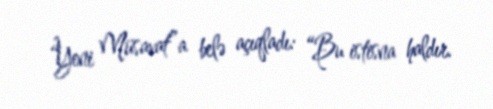
“Yeni Müsavat”a belə açıqladı: “Bu istisna haldır.